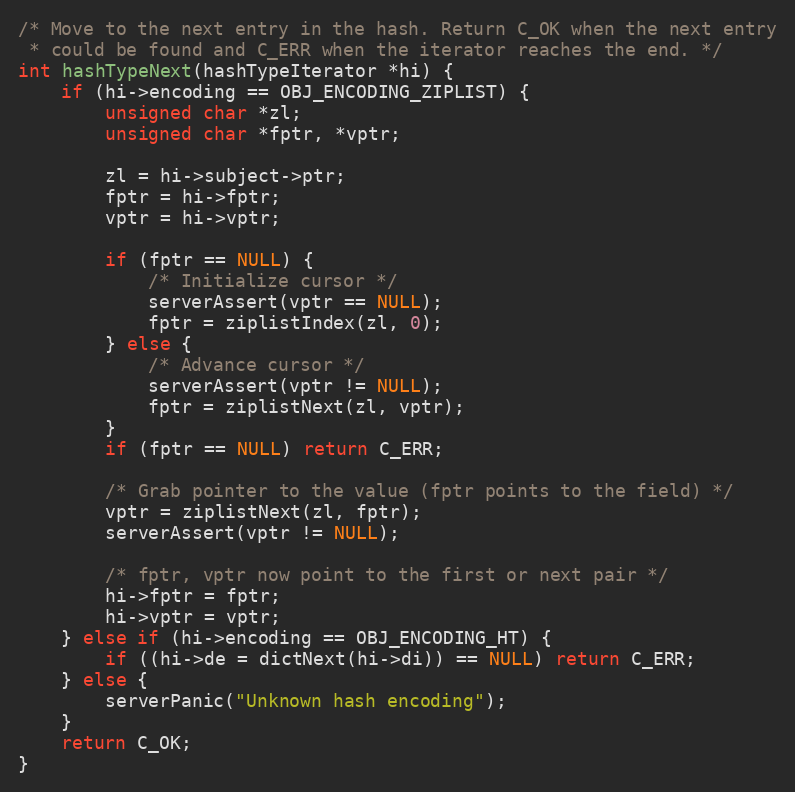
Language: C
/* Move to the next entry in the hash. Return C_OK when the next entry
 * could be found and C_ERR when the iterator reaches the end. */
int hashTypeNext(hashTypeIterator *hi) {
    if (hi->encoding == OBJ_ENCODING_ZIPLIST) {
        unsigned char *zl;
        unsigned char *fptr, *vptr;

        zl = hi->subject->ptr;
        fptr = hi->fptr;
        vptr = hi->vptr;

        if (fptr == NULL) {
            /* Initialize cursor */
            serverAssert(vptr == NULL);
            fptr = ziplistIndex(zl, 0);
        } else {
            /* Advance cursor */
            serverAssert(vptr != NULL);
            fptr = ziplistNext(zl, vptr);
        }
        if (fptr == NULL) return C_ERR;

        /* Grab pointer to the value (fptr points to the field) */
        vptr = ziplistNext(zl, fptr);
        serverAssert(vptr != NULL);

        /* fptr, vptr now point to the first or next pair */
        hi->fptr = fptr;
        hi->vptr = vptr;
    } else if (hi->encoding == OBJ_ENCODING_HT) {
        if ((hi->de = dictNext(hi->di)) == NULL) return C_ERR;
    } else {
        serverPanic("Unknown hash encoding");
    }
    return C_OK;
}